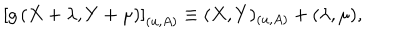
\left[ g \left( X + \lambda , Y + \mu \right) \right] _ { ( u , A ) } \equiv ( X , Y ) _ { ( u , A ) } + ( \lambda , \mu ) ,